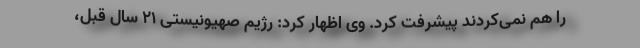
را هم نمی‌کردند پیشرفت کرد. وی اظهار کرد: رژیم صهیونیستی ۲۱ سال قبل،